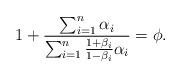
LaTeX: \begin{align*}1+\frac{\sum_{i=1}^{n}\alpha_{i}}{\sum_{i=1}^{n}\frac{1+\beta_{i}}{1-\beta_{i}}\alpha_{i}}=\phi.\end{align*}